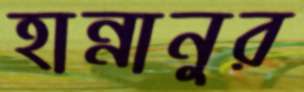
হান্নানুর